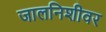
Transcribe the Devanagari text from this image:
जालनिशीवर